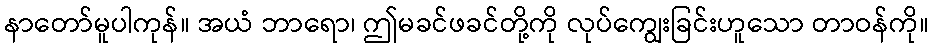
နာတော်မူပါကုန်။ အယံ ဘာရော၊ ဤမခင်ဖခင်တို့ကို လုပ်ကျွေးခြင်းဟူသော တာဝန်ကို။